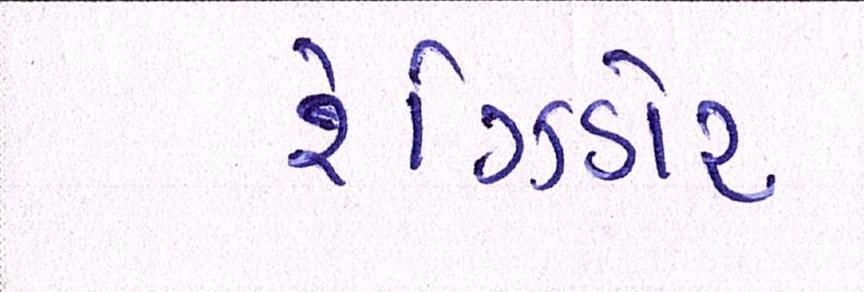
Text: રેઝિડોર